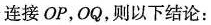
连接OP，OQ，则以下结论：